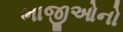
ભાજીઓનો